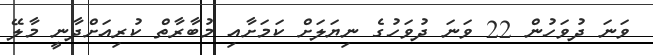
ވަނަ ދުވަހުން 22 ވަނަ ދުވަހުގެ ނިޔަލަށް ކަމަށާއި މުބާރާތް ކުރިއަށްދާނީ މާލޭ